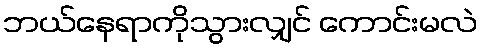
ဘယ်နေရာကိုသွားလျှင် ကောင်းမလဲ